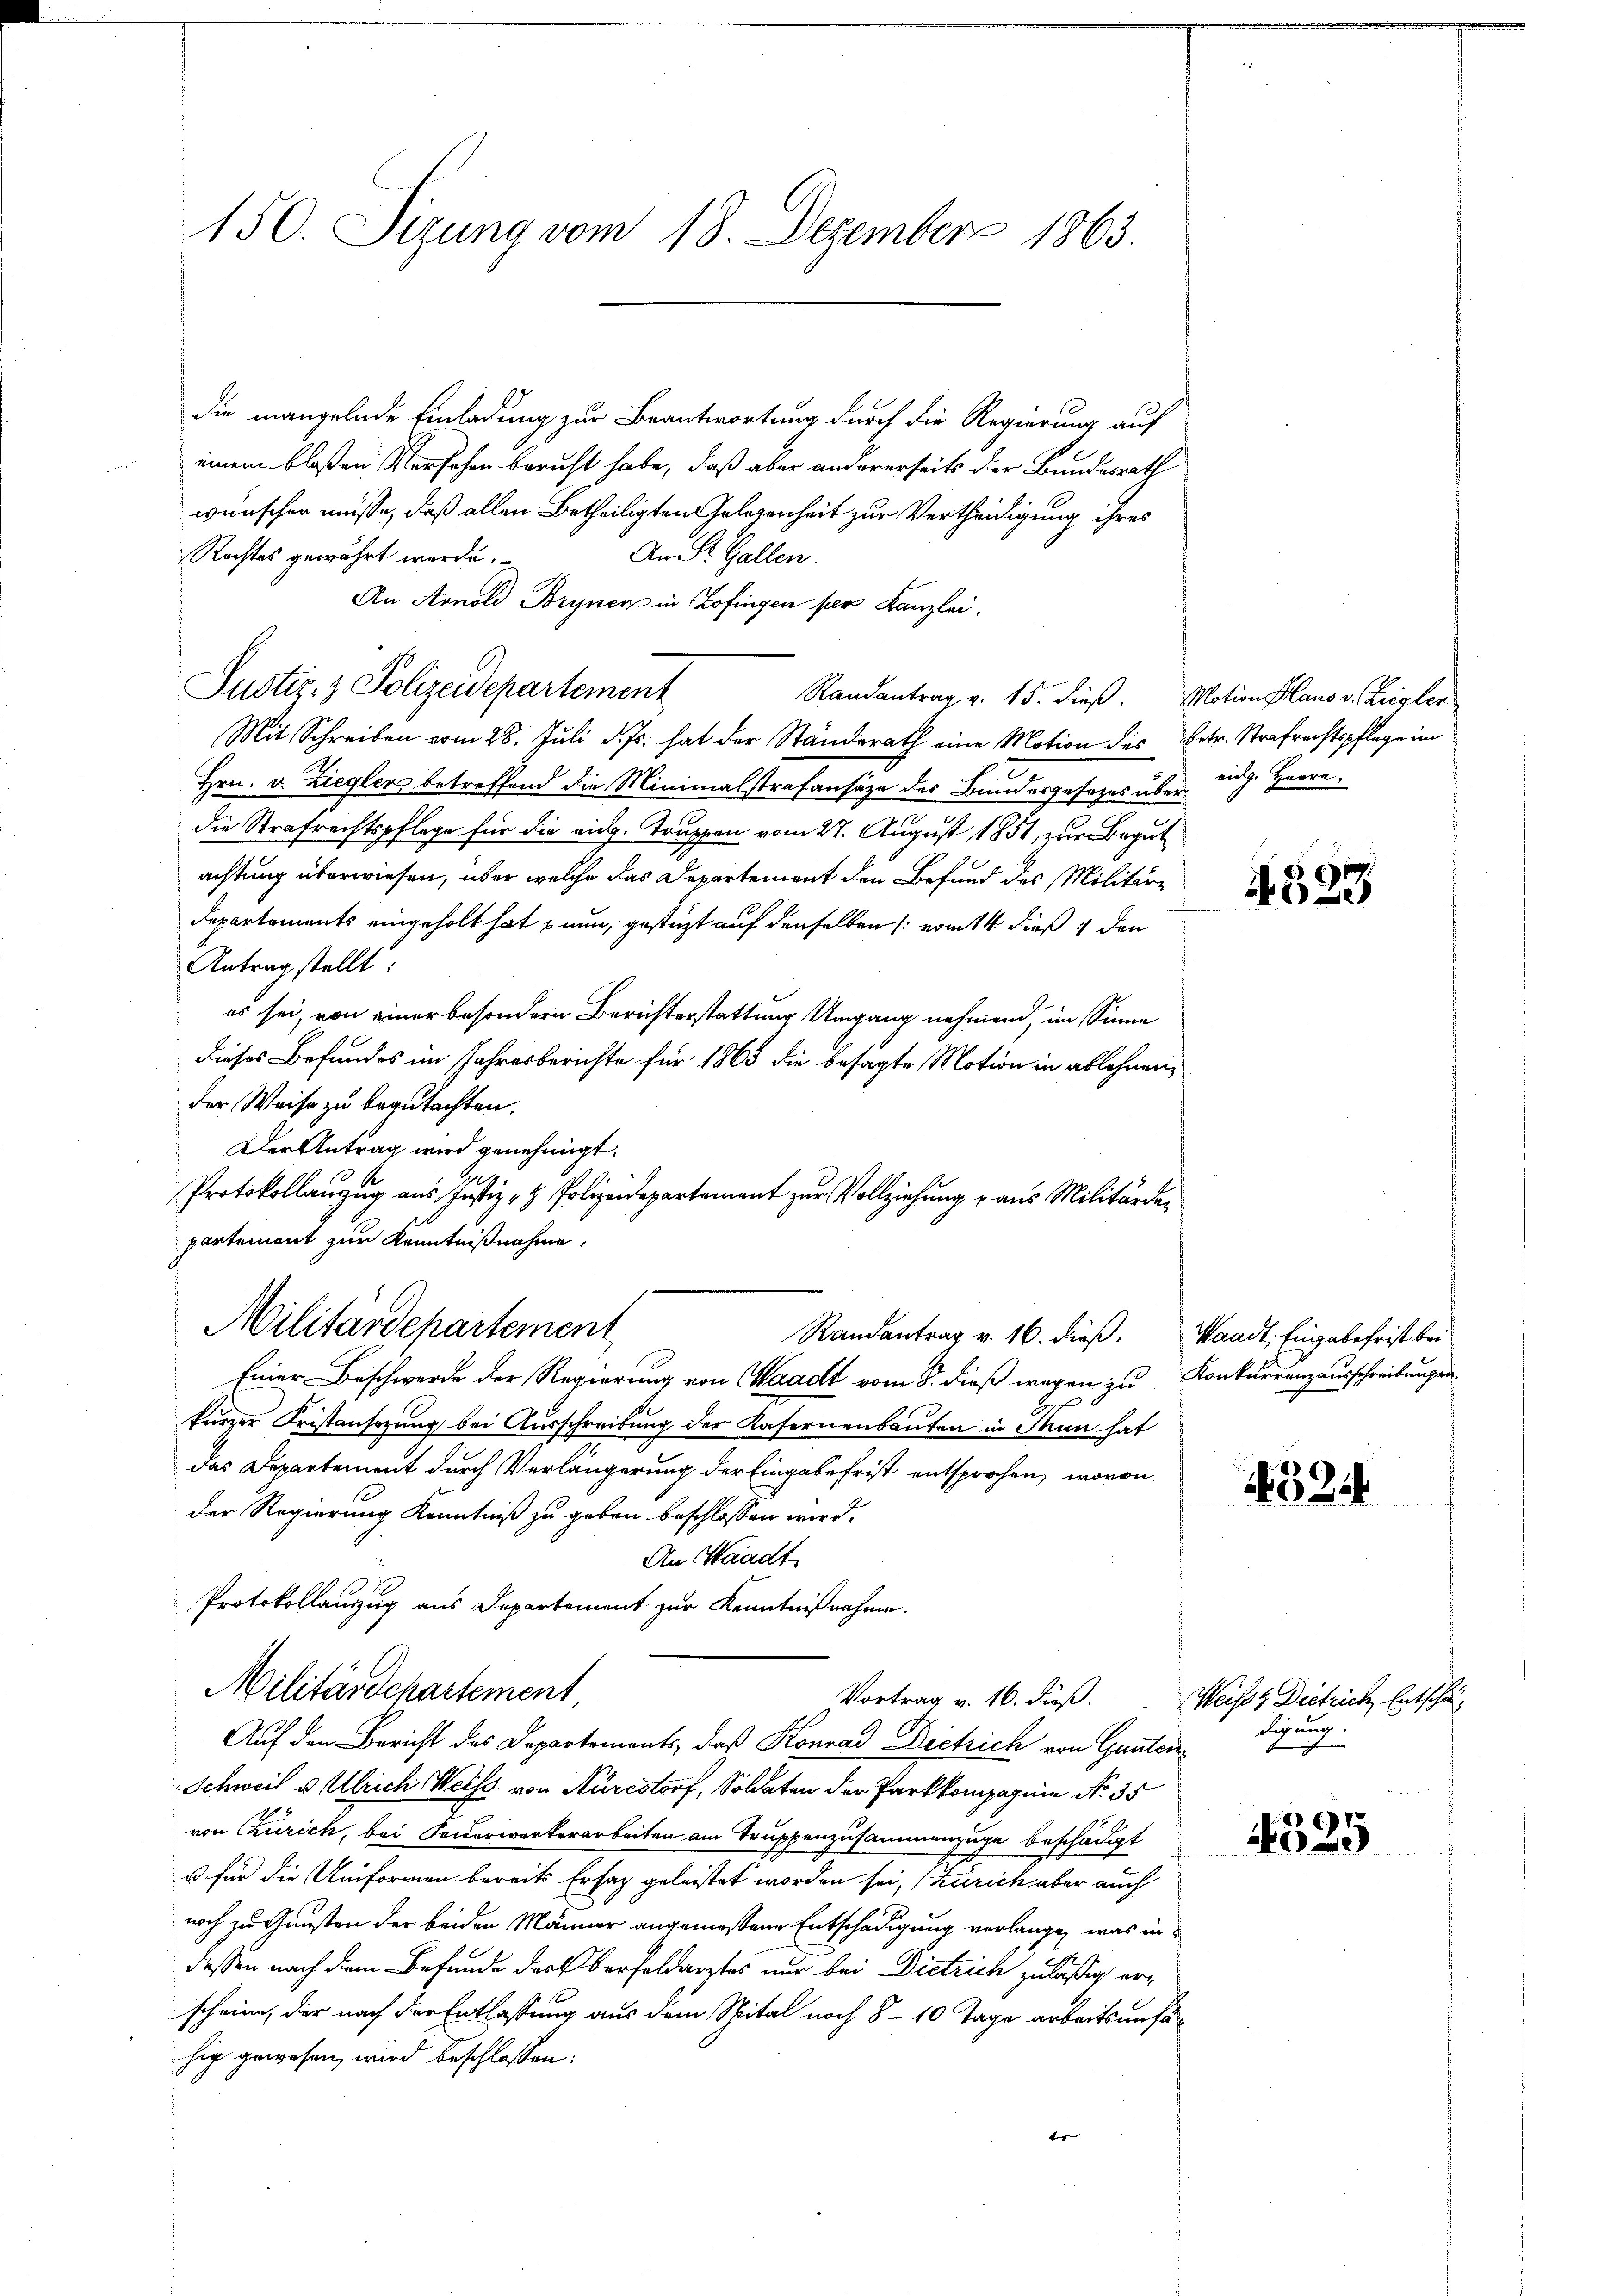
150. Sizung vom 18. Dezember 1863.

die mangelnde Einladung zur Beantwortung durch die Regierung auf
einem bloßen Versehen beruht habe, daß aber andererseits der Bundesrath
wünscher müsse, daß allen Betheiligten Gelegenheit zur Vertheidigung ihres
Rechtes gewährt werde.
An St. Gallen.
An Arnold Bryner in Zofingen per Kanzlei.
Mit Schreiben vom 28. Jŭli d. Js. hat der Ständerath eine Motion des Betr. Strafrechtspflege im
Hrn. v. Zieglers betreffend die Minimalstrafansätze des Bundesgesezes überdie Strafrechtspflege für die auch. Truppen vom 27. August 1851, zur Begut
achtung überwiesen, über welche das Departement den Befund des Militär¬
Departements eingeholt hat nun, gestüzt auf denselben (vom 14. dieß 1 den
Antrag stellt:
es sei, von einer besondern Berichterstattung Umgang nehmend, im Sinne
dieses Befundes im Jahresberichte für 1865 die besagte Motion in ablehnen,
der Weise zu begutachten.
Der Antrag wird genehmigt.
1
Protokollanzug aus Justiz- & Polizeidepartement zur Vollziehung u aus Militärdepartement zur Kenntnißnahme.
Militärdepartement
Randantrag v. 16. dieß. Waadt, Eingabefrist bei
Einer Beschwerde der Regierung von Waadt vom 8. dieß wegen zu Konkurrenzausschreibungen
kurzer Fristansezung bei Ausschreibung der Kasernenbauten in Man hat
das Departement durch Verlängerung der Eingabe frist entsprochen, wovon
der Regierung Kenntniß zu geben beschlossen wird.
An Waadt.
Protokollauszug aus Departement zur Kenntnißnahme.
Militärschartement,
Vortrag v. 16. dieß.
Auf den Bericht des Departements, daß Konrad Dietrich von Ganten¬
Schweil v. Ulrich Weiss von Nürestorf, Soldaten der Parkkompagnie No. 35
von Zürich, bei Feuerwerkerarbeiten am Truppenzusammenzuge beschädigt
u für die Uniformen bereits Ersatz geleistet worden sei, (Zürich aber auch
noch zu Gunsten der beiden Männer angemessene Entschädigung verlange, was in
dessen nach dem Befunde der Oberfeldarztes nur bei Dietrich zuläßig erscheine, der nach der Entlassung aus dem Spital noch 8 - 10 Tage arbeitsunfähig gewesen, wird beschlossen:
te |

Justiz- & Polizeidepartement

Randantrag v. 15. dieß. Motion aus v. Ziegler

eidg. Herrn.

4323

1524

Weißt Dietrich, Entschädigung.

4525